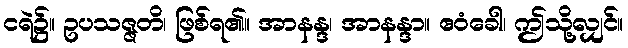
ငရဲ၌။ ဥပသဇ္ဇတိ၊ ဖြစ်ရ၏။ အာနန္ဒ၊ အာနန္ဒာ။ ဧဝံခေါ၊ ဤသို့လျှင်။